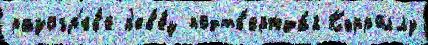
разогр'ев'е п'ев'е́ц подтв'ержда́я Кэрроллу